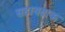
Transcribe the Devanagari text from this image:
सहायताक